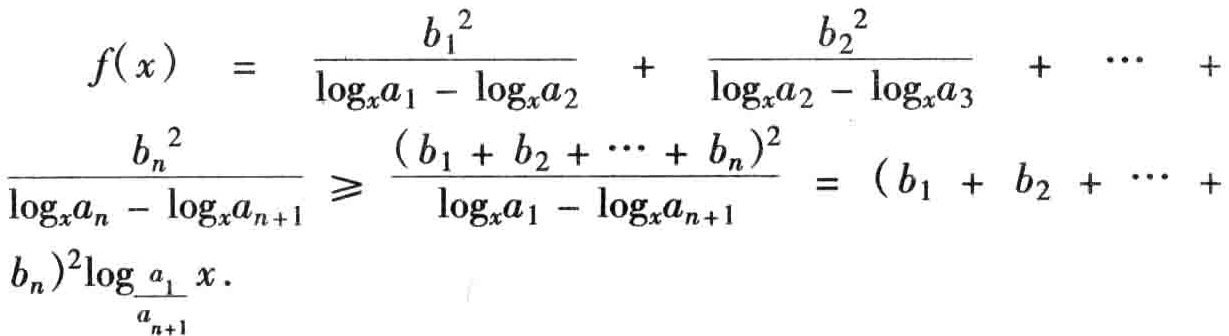
\[

\begin{align*}

f(x)&=\frac{b_1^2}{\log_x a_1 - \log_x a_2}+\frac{b_2^2}{\log_x a_2 - \log_x a_3}+\cdots+\frac{b_n^2}{\log_x a_n - \log_x a_{n + 1}}\\

&\geqslant\frac{(b_1 + b_2+\cdots + b_n)^2}{\log_x a_1 - \log_x a_{n + 1}}=(b_1 + b_2+\cdots + b_n)^2\log_{\frac{a_1}{a_{n+1}}}x.

\end{align*}

\]